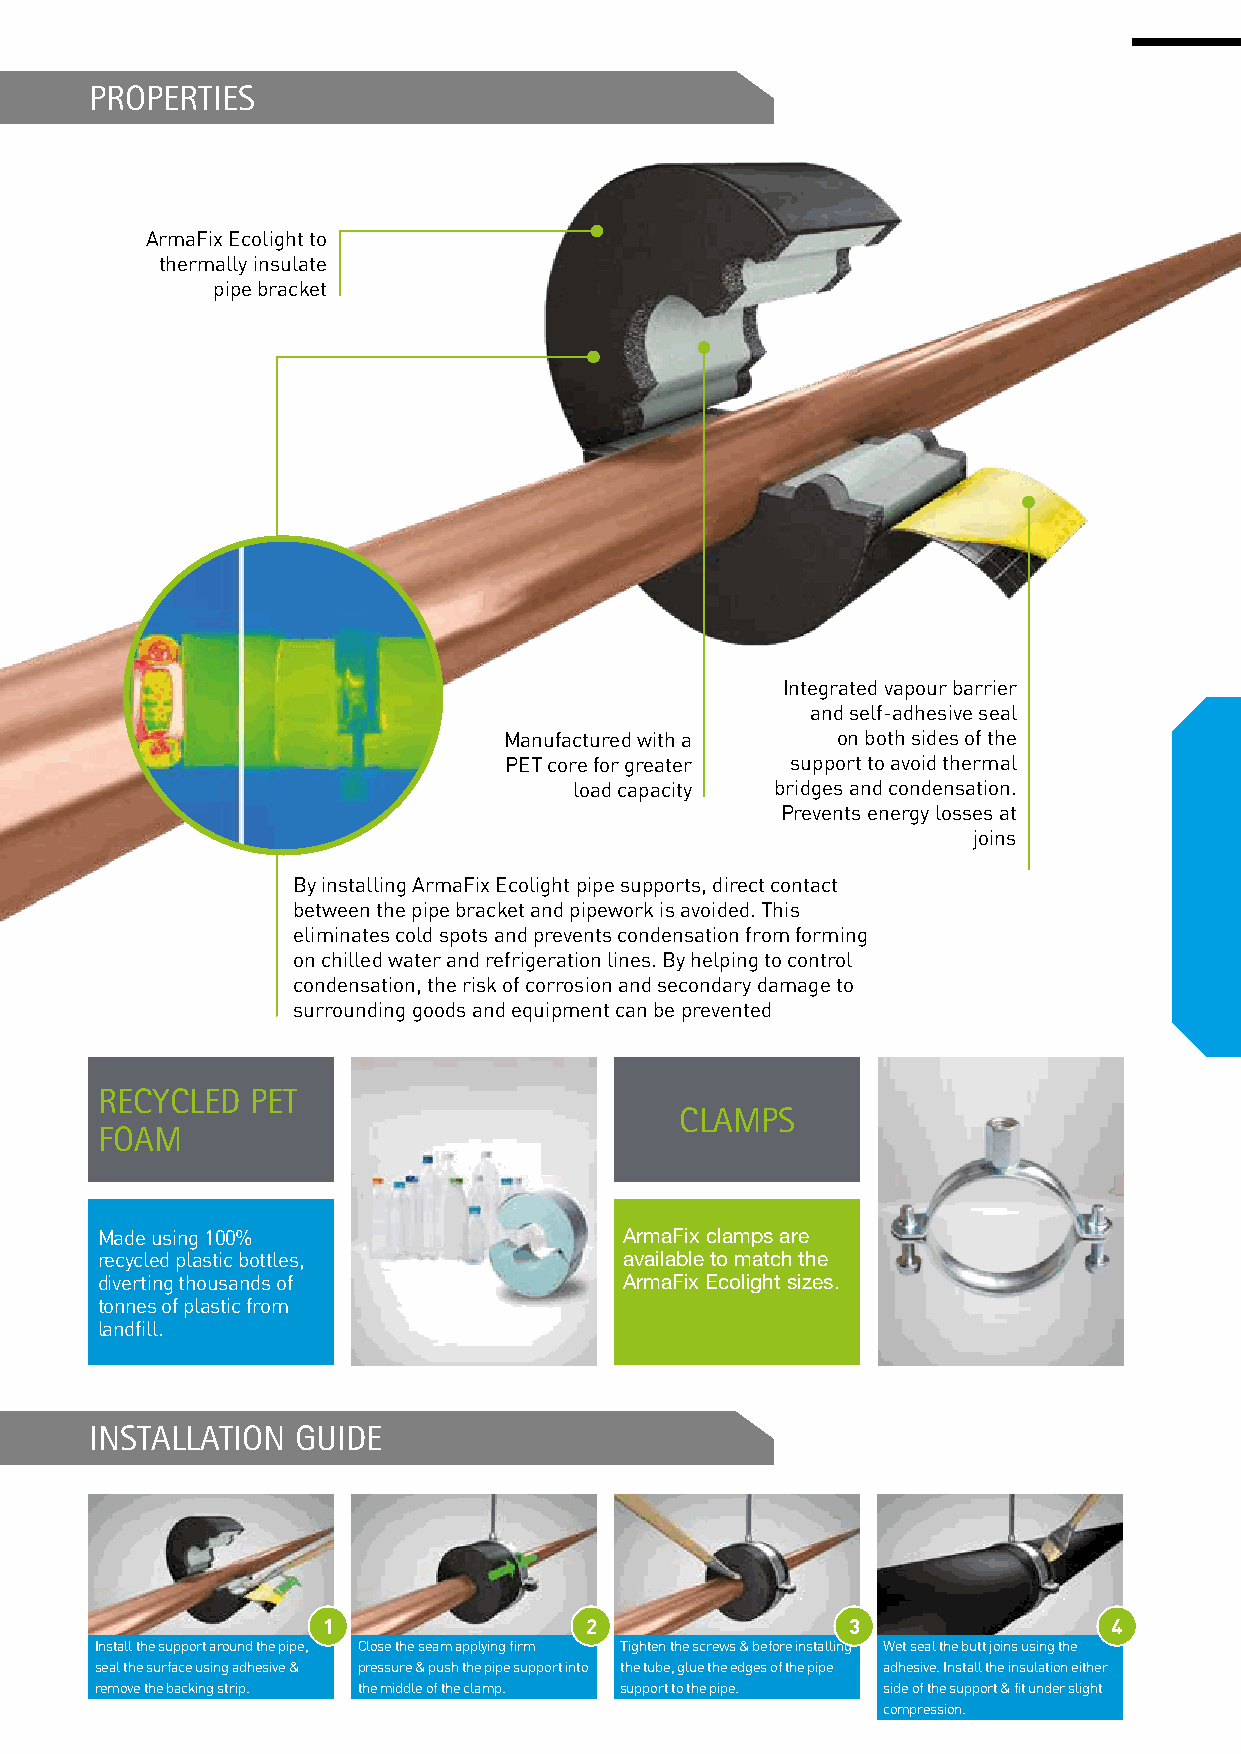
PROPERTIES
 ArmaFix Ecolight to
 thermally insulate
 pipe bracket
 Integrated vapour barrier
 and self-adhesive seal
 Manufactured with a   on both sides of the
 PET core for greater support to avoid thermal
 load capacity bridges and condensation.
 Prevents energy losses at
 joins
 By installing ArmaFix Ecolight pipe supports, direct contact
 between the pipe bracket and pipework is avoided. This
 eliminates cold spots and prevents condensation from forming
 on chilled water and refrigeration lines. By helping to control
 condensation, the risk of corrosion and secondary damage to
 surrounding goods and equipment can be prevented
 RECYCLED   PET
 CLAMPS
 FOAM
 Made using 100%                    ArmaFix clamps are
 recycled plastic bottles,          available to match the
 diverting thousands of             ArmaFix Ecolight sizes.
 tonnes of plastic from
 landfill.
 INSTALLATION GUIDE
 1                 2                3                 4
 Install the support around the pipe, Close the seam applying firm Tighten the screws & before installing Wet seal the butt joins using the
 seal the surface using adhesive & pressure & push the pipe support into the tube, glue the edges of the pipe adhesive. Install the insulation either
 remove the backing strip. the middle of the clamp. support to the pipe. side of the support & fit under slight
 compression.